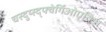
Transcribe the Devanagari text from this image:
चस्दुय्स्द्फ्वेर्गिओएतिअ